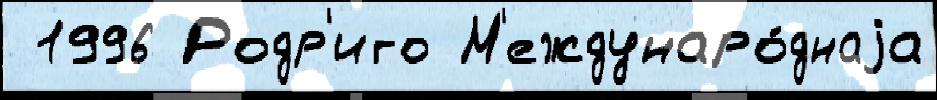
 1996 Родр'иго М'еждунаро́днаjа